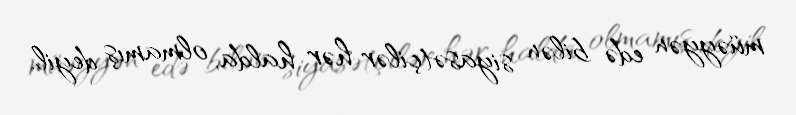
müəyyən edə bilən siyasətçilər hər halda, olmamış deyil.